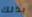
بذلك